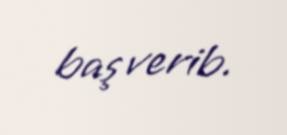
baş verib.